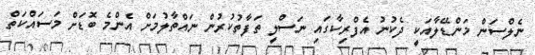
ނެލްސަން މަންޑޭލާއަކީ ދެކުނު އެފްރިކާގައި ނަސްލީ ތަފާތުކުރުން ނައްތާލުމަށް އެންމެ ބޮޑަށް މަސައްކަތް